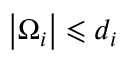
\left| \Omega _ { i } \right| \leqslant d _ { i }